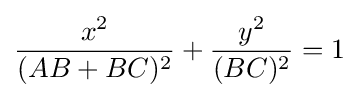
{\frac {x^{2}}{(AB+BC)^{2}}}+{\frac {y^{2}}{(BC)^{2}}}=1